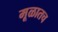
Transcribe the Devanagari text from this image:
मूळातच